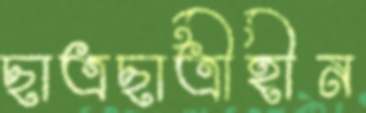
ছাত্রছাত্রীহীন